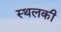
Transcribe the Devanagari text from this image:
स्‍थलकी